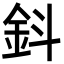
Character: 鈄